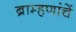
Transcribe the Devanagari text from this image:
ब्राम्हणांचें